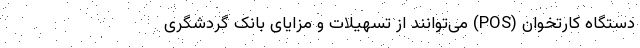
دستگاه کارتخوان (POS) می‌توانند از تسهیلات و مزایای بانک گردشگری